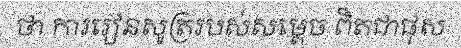
ថា ការរៀនសូត្ររបស់សម្តេច ពិតជាផុស